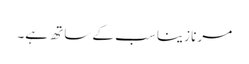
مرنا زینا سب کے ساتھ ہے۔